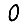
Digit: 0